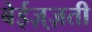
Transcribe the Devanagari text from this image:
बेईज़्ज़ती